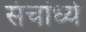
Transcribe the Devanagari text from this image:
संचांध्ये